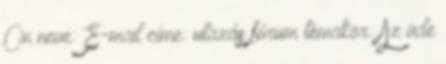
Ön neve: E-mail címe: utazás fórum témakör: Az üde